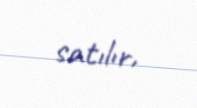
satılır.